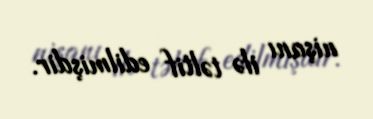
nişanı ilə təltif edilmişdir.